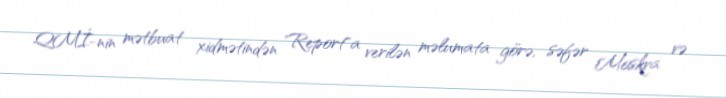
QMİ-nin mətbuat xidmətindən "Report"a verilən məlumata görə, səfər Moskva və